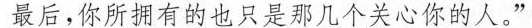
最后,你所拥有的也只是那几个关心你的人。”